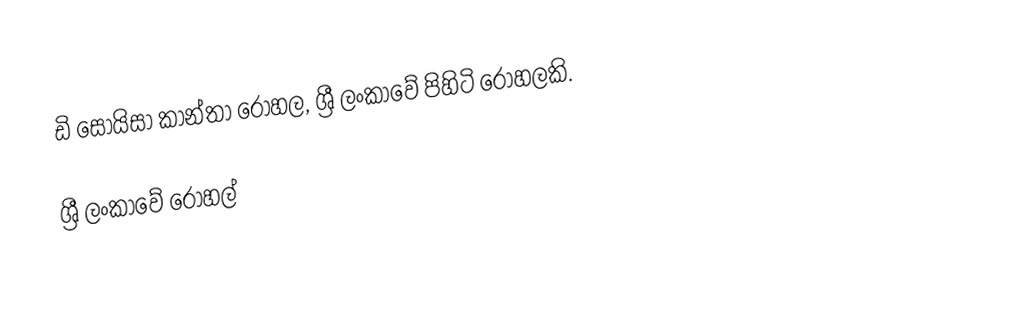
ඩි සොයිසා කාන්තා රෝහල, ශ්‍රී ලංකාවේ පිහිටි රෝහලකි.

ශ්‍රී ලංකාවේ රෝහල්